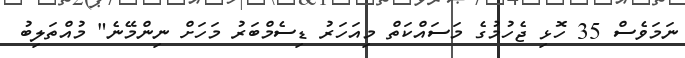
ނަމަވެސް 35 ހޮޅި ޖެހުމުގެ މަސައްކަތް މިއަހަރު ޑިސެމްބަރު މަހަށް ނިންމޭނެ" މުއްތަލިބު